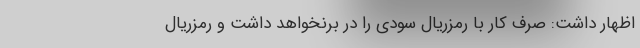
اظهار داشت: صرف کار با رمزریال سودی را در برنخواهد داشت و رمزریال